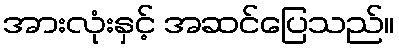
အားလုံးနှင့် အဆင်ပြေသည်။